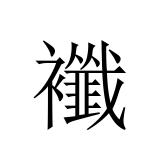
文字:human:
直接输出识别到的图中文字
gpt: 襳